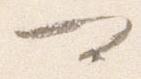
可